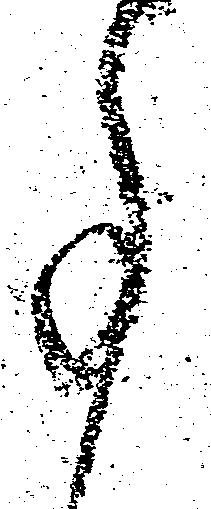
事